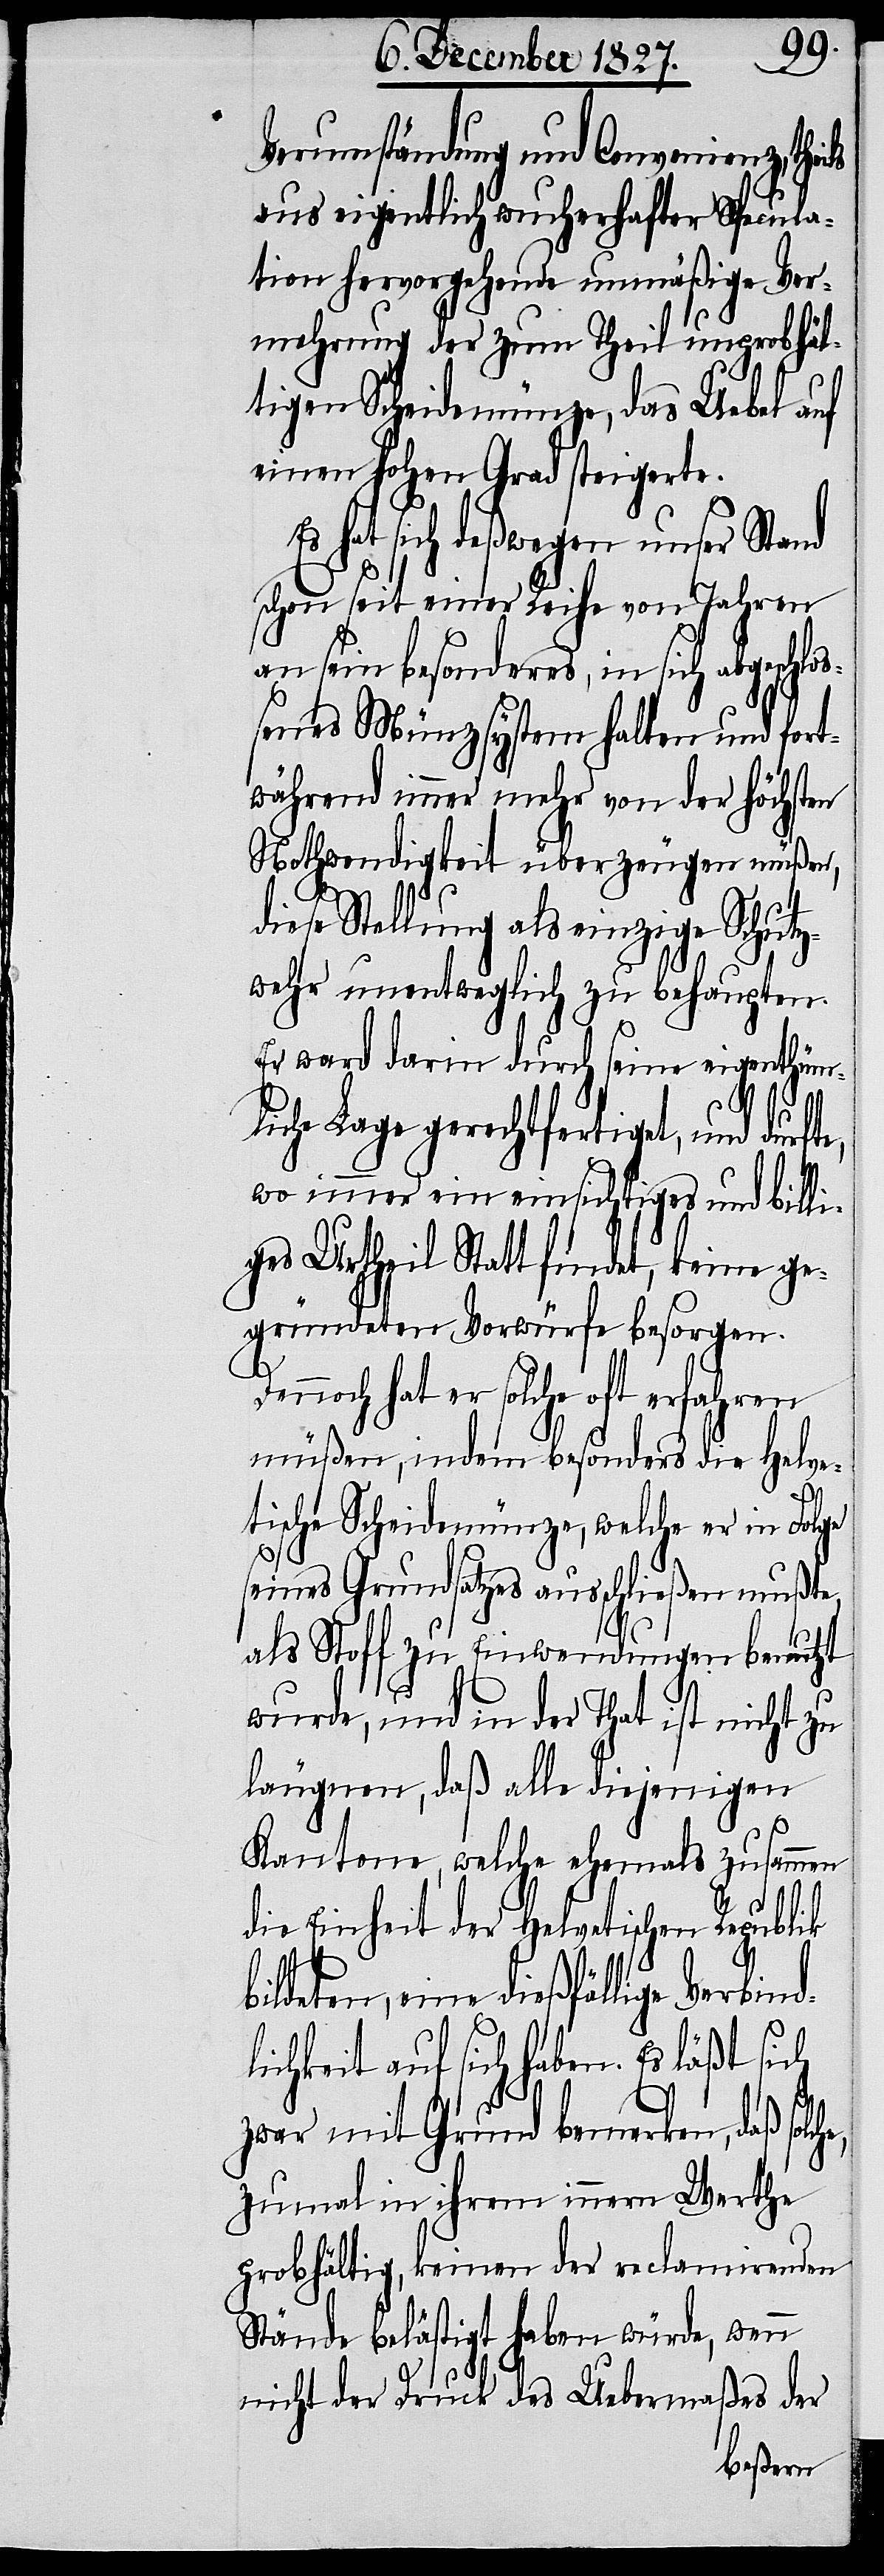
Verumständung und Convenienz, thei¬
aus eigentlich wucherhafter Specula¬
tion hervorgehende unmäßige Ver¬
mehrung der zum Theil unprobhäl¬
tigen Scheidemünze, das Uebel auf
einen hohen Grad steigerte.
hat sich deßwegen unser Stand
schon seit einer Reihe von Jahren
an sein besonders, in sich abgesch¬
es Münzsystem halten und fort¬
während immer mehr von der höchsten
Nothwendigkeit überzeugen müßen,
he,
diese Stellung als einzige Schutz¬
wehr unentweglich zu behaupten.
Es ward darin durch seine eigenthüm¬
liche Lage gerechtfertiget, und durfte,
wo immer ein einsichtiges und billi¬
ges Urtheil Statt findet, keine ge¬
gründeten Vorwürfe besorgen.
Dennoch hat er solche oft erfahren
müßen, indem besonders die Helve¬
tische Scheidemünze, welche er in Folge
seines Grundsatzes ausschließen mußte,
als Stoff zu Einwendungen benutzt
wurde, und in der That ist nicht zu
leugnen, daß alle diejenigen
Kantone, welche ehemals zusammen
die Einheit der Helvetischen Republik
bildeten, eine dießfällige Verbind¬
ichkeit auf sich haben. Es läßt sich
zwar mit Grund bemerken, daß solc¬
zumal in ihrem innern Werthe
probhältig, keinen der reclamirenden
Stände belästigt haben würde, wenn
nicht der Druck des Uebermaßes der
loßen¬